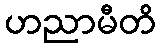
ဟညာမီတိ